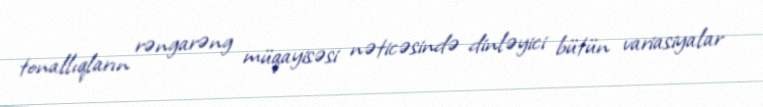
tonallıqların rəngarəng müqayisəsi nəticəsində dinləyici bütün variasiyalar